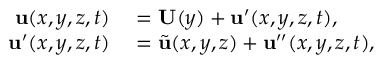
\begin{array} { r l } { \mathbf { u } ( x , y , z , t ) } & { { } = \mathbf { U } ( y ) + \mathbf { u ^ { \prime } } ( x , y , z , t ) , } \\ { \mathbf { u ^ { \prime } } ( x , y , z , t ) } & { { } = \tilde { \mathbf { u } } ( x , y , z ) + \mathbf { u ^ { \prime \prime } } ( x , y , z , t ) , } \end{array}